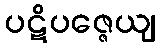
ပဋိပဇ္ဇေယျ